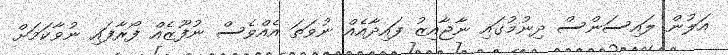
އަލުން ލައިސަންސް ދިނުމުގައި ނާޖާއިޒު ފައިދާއެއް ނުވަތަ އެއްވެސް ނުފޫޒެއް ފޯރާފައި ނުވާކަމަށް